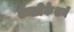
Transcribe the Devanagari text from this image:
ऍप्लीकेशनें